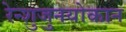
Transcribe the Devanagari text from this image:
रेन्शुजुनयोकान